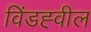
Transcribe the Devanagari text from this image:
विंडह्वील